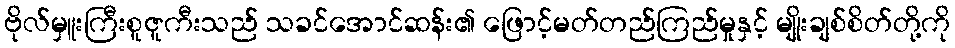
ဗိုလ်မှူးကြီးစူဇူကီးသည် သခင်အောင်ဆန်း၏ ဖြောင့်မတ်တည်ကြည်မှုနှင့် မျိုးချစ်စိတ်တို့ကို